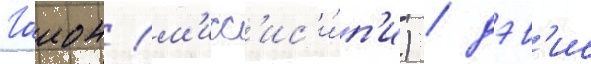
Гаион (м'исс'ис'и́п'и) / дэв'ис